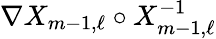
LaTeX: \nabla X_{m-1,\ell}\circ X_{m-1,\ell}^{-1}